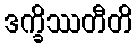
ဒက္ခိဿတီတိ